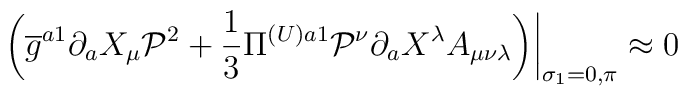
\left.\left(\overline{g}^{a1}\partial_{a}X_{\mu}\mathcal{P}^{2}+\frac{1}{3}\Pi^{(U)a1}\mathcal{P}^{\nu}\partial_{a}X^{\lambda}A_{\mu\nu\lambda}\right)\right|_{\sigma_{1}=0,\pi}\approx0